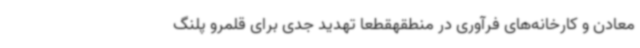
معادن و کارخانه‌های فرآوری در منطقهقطعا تهدید جدی برای قلمرو پلنگ‌